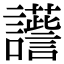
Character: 𧭽